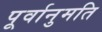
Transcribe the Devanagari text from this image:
पूर्वानुमति